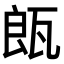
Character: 𤭒